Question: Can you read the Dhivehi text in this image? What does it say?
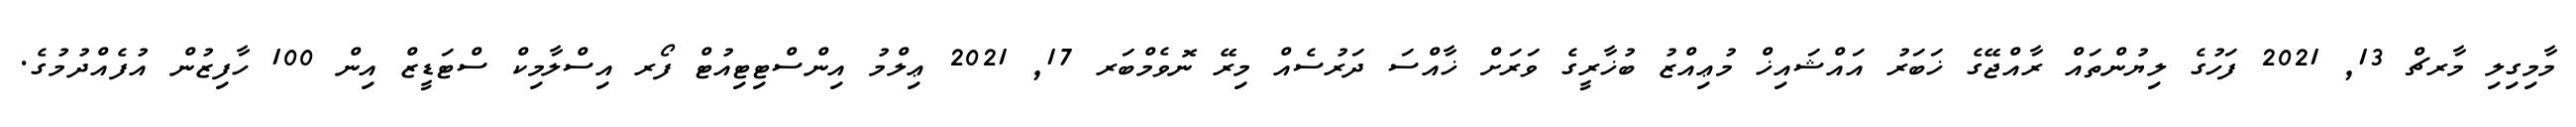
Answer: މާމިގިލި މާރޗް 13, 2021 ފަހުގެ ލިޔުންތައް ރާއްޖޭގެ ޚަބަރު އައްޝައިޚް މުޢިއްޒު ބުޚާރީގެ ވަރަށް ޚާއްސަ ދަރުސެއް މިރޭ ނޮވެމްބަރ 17, 2021 ޢިލްމު އިންސްޓިޓިއުޓް ފޯރ އިސްލާމިކް ސްޓަޑީޒް އިން 100 ހާފިޒުން އުފެއްދުމުގެ.